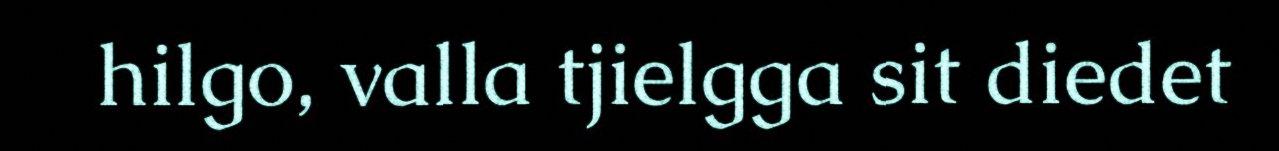
hilgo, valla tjielgga sit diedet